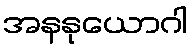
အနနုယောဂါ